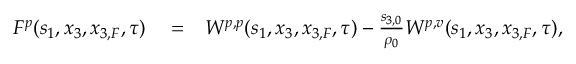
\begin{array} { r l r } { F ^ { p } ( s _ { 1 } , x _ { 3 } , x _ { 3 , F } , \tau ) } & { { } = } & { W ^ { p , p } ( s _ { 1 } , x _ { 3 } , x _ { 3 , F } , \tau ) - \frac { s _ { 3 , 0 } } { \rho _ { 0 } } W ^ { p , v } ( s _ { 1 } , x _ { 3 } , x _ { 3 , F } , \tau ) , } \end{array}